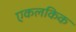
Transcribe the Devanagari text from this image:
एकलकिक